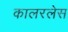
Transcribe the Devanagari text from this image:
कालरलेस